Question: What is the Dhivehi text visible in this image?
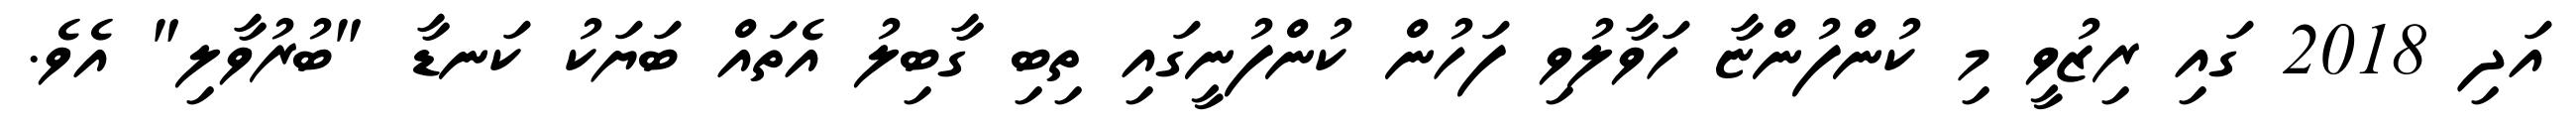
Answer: އަދި 2018 ގައި ރިޒުވީ މި ކުންފުންޏާ ހަވާލުވި ފަހުން ކުންފުނީގައި ތިބި ގާބިލު އެތައް ބަޔަކު ކަނޑާ "ބުރުވާލި" އެވެ.